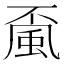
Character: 𩖲